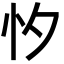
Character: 𢗇